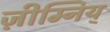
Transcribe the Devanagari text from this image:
ज़ीम्निय्